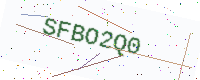
Text: SFBO2Q0